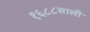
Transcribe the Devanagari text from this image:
१६८८साली